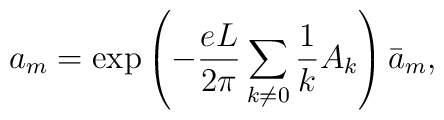
a_m= {\rm exp} \left( -\frac{e L}{2 \pi }\sum_{k\neq0} \frac{1}{k} A_k \right) {\bar a}_m,